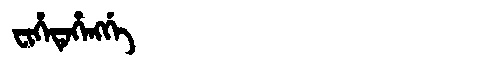
Manchu: ᠸᡳᡥᡝᡨᡝᡥᡝᠩᡤᡝ
Romanization: FIHETEHENGGE